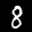
Label: 8